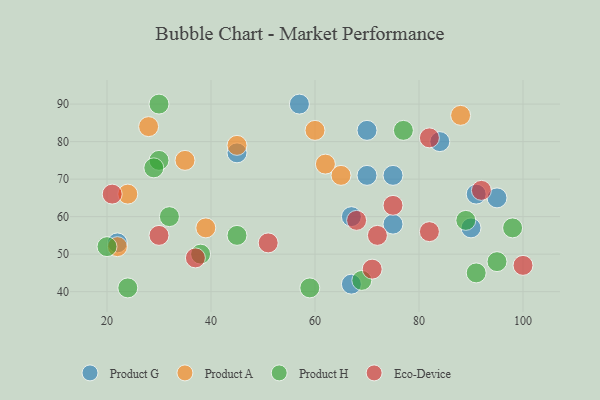
{"axis": {"x": "GDP", "y": "Life Expectancy"}, "legend": ["Eco-Device", "Product A", "Product G", "Product H"], "data": [{"x": "67", "y": 42, "type": "Product G"}, {"x": "57", "y": 90, "type": "Product G"}, {"x": "75", "y": 71, "type": "Product G"}, {"x": "67", "y": 60, "type": "Product G"}, {"x": "91", "y": 66, "type": "Product G"}, {"x": "70", "y": 83, "type": "Product G"}, {"x": "95", "y": 65, "type": "Product G"}, {"x": "22", "y": 53, "type": "Product G"}, {"x": "70", "y": 71, "type": "Product G"}, {"x": "90", "y": 57, "type": "Product G"}, {"x": "75", "y": 58, "type": "Product G"}, {"x": "84", "y": 80, "type": "Product G"}, {"x": "45", "y": 77, "type": "Product G"}, {"x": "24", "y": 66, "type": "Product A"}, {"x": "39", "y": 57, "type": "Product A"}, {"x": "45", "y": 79, "type": "Product A"}, {"x": "88", "y": 87, "type": "Product A"}, {"x": "62", "y": 74, "type": "Product A"}, {"x": "22", "y": 52, "type": "Product A"}, {"x": "28", "y": 84, "type": "Product A"}, {"x": "35", "y": 75, "type": "Product A"}, {"x": "65", "y": 71, "type": "Product A"}, {"x": "60", "y": 83, "type": "Product A"}, {"x": "32", "y": 60, "type": "Product H"}, {"x": "30", "y": 75, "type": "Product H"}, {"x": "95", "y": 48, "type": "Product H"}, {"x": "77", "y": 83, "type": "Product H"}, {"x": "91", "y": 45, "type": "Product H"}, {"x": "98", "y": 57, "type": "Product H"}, {"x": "89", "y": 59, "type": "Product H"}, {"x": "24", "y": 41, "type": "Product H"}, {"x": "30", "y": 90, "type": "Product H"}, {"x": "20", "y": 52, "type": "Product H"}, {"x": "29", "y": 73, "type": "Product H"}, {"x": "59", "y": 41, "type": "Product H"}, {"x": "38", "y": 50, "type": "Product H"}, {"x": "69", "y": 43, "type": "Product H"}, {"x": "45", "y": 55, "type": "Product H"}, {"x": "92", "y": 67, "type": "Eco-Device"}, {"x": "82", "y": 56, "type": "Eco-Device"}, {"x": "37", "y": 49, "type": "Eco-Device"}, {"x": "51", "y": 53, "type": "Eco-Device"}, {"x": "82", "y": 81, "type": "Eco-Device"}, {"x": "71", "y": 46, "type": "Eco-Device"}, {"x": "30", "y": 55, "type": "Eco-Device"}, {"x": "100", "y": 47, "type": "Eco-Device"}, {"x": "68", "y": 59, "type": "Eco-Device"}, {"x": "21", "y": 66, "type": "Eco-Device"}, {"x": "75", "y": 63, "type": "Eco-Device"}, {"x": "72", "y": 55, "type": "Eco-Device"}]}